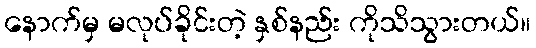
နောက်မှ မလုပ်ခိုင်းတဲ့ နှစ်နည်း ကိုသိသွားတယ်။